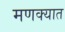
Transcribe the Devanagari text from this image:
मणक्‍यात